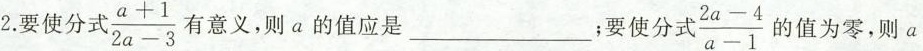
2.要使分式$$\frac { a + 1 } { 2 a - 3 }$$ 有意义，则a的值应是___；要使分式 $$\frac { 2 a - 4 } { a - 1 }$$的值为零，则a